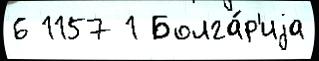
6 1157 1 Болга́р'иjа